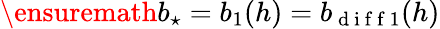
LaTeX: \ensuremath{b_{\star}}=b_{1}(h)=b_{\mathrm{~d~i~f~f~}1}(h)